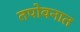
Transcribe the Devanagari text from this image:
तपोवनात